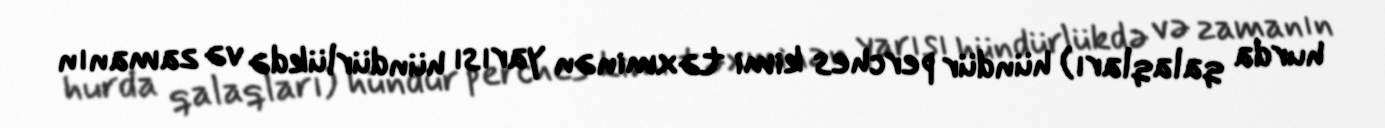
hurda qalaqları) hündür perches kimi təxminən yarısı hündürlükdə və zamanın